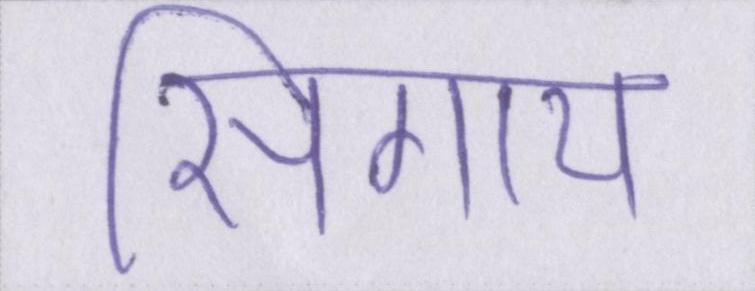
सिगाय